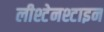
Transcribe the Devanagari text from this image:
लीश्टेनश्टाइन